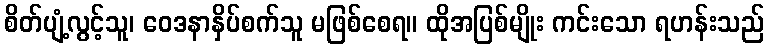
စိတ်ပျံ့လွင့်သူ၊ ဝေဒနာနှိပ်စက်သူ မဖြစ်စေရ။ ထိုအပြစ်မျိုး ကင်းသော ရဟန်းသည်